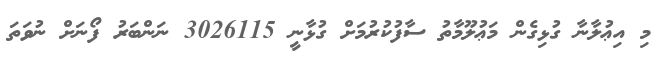
މި އިޢުލާނާ ގުޅިގެން މަޢުލޫމާތު ސާފުކުރުމަށް ގުޅާނީ 3026115 ނަންބަރު ފޯނަށް ނުވަތަ